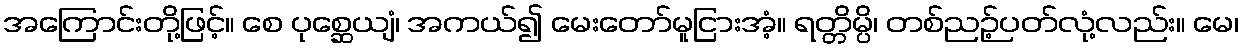
အကြောင်းတို့ဖြင့်။ စေ ပုစ္ဆေယျံ၊ အကယ်၍ မေးတော်မူငြားအံ့။ ရတ္တိမ္ပိ၊ တစ်ညဉ့်ပတ်လုံ့လည်း။ မေ၊